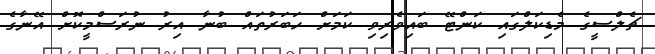
ޗެލްސީގެ މެޑިކަލްގައި ކަންޓޭ ބައިވެރިވި ކަމަށް ހަބަރުތައް ބުނާ އިރު ނުރަސްމީކޮށް އޭނާގެ